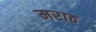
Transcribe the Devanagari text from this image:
मराठ